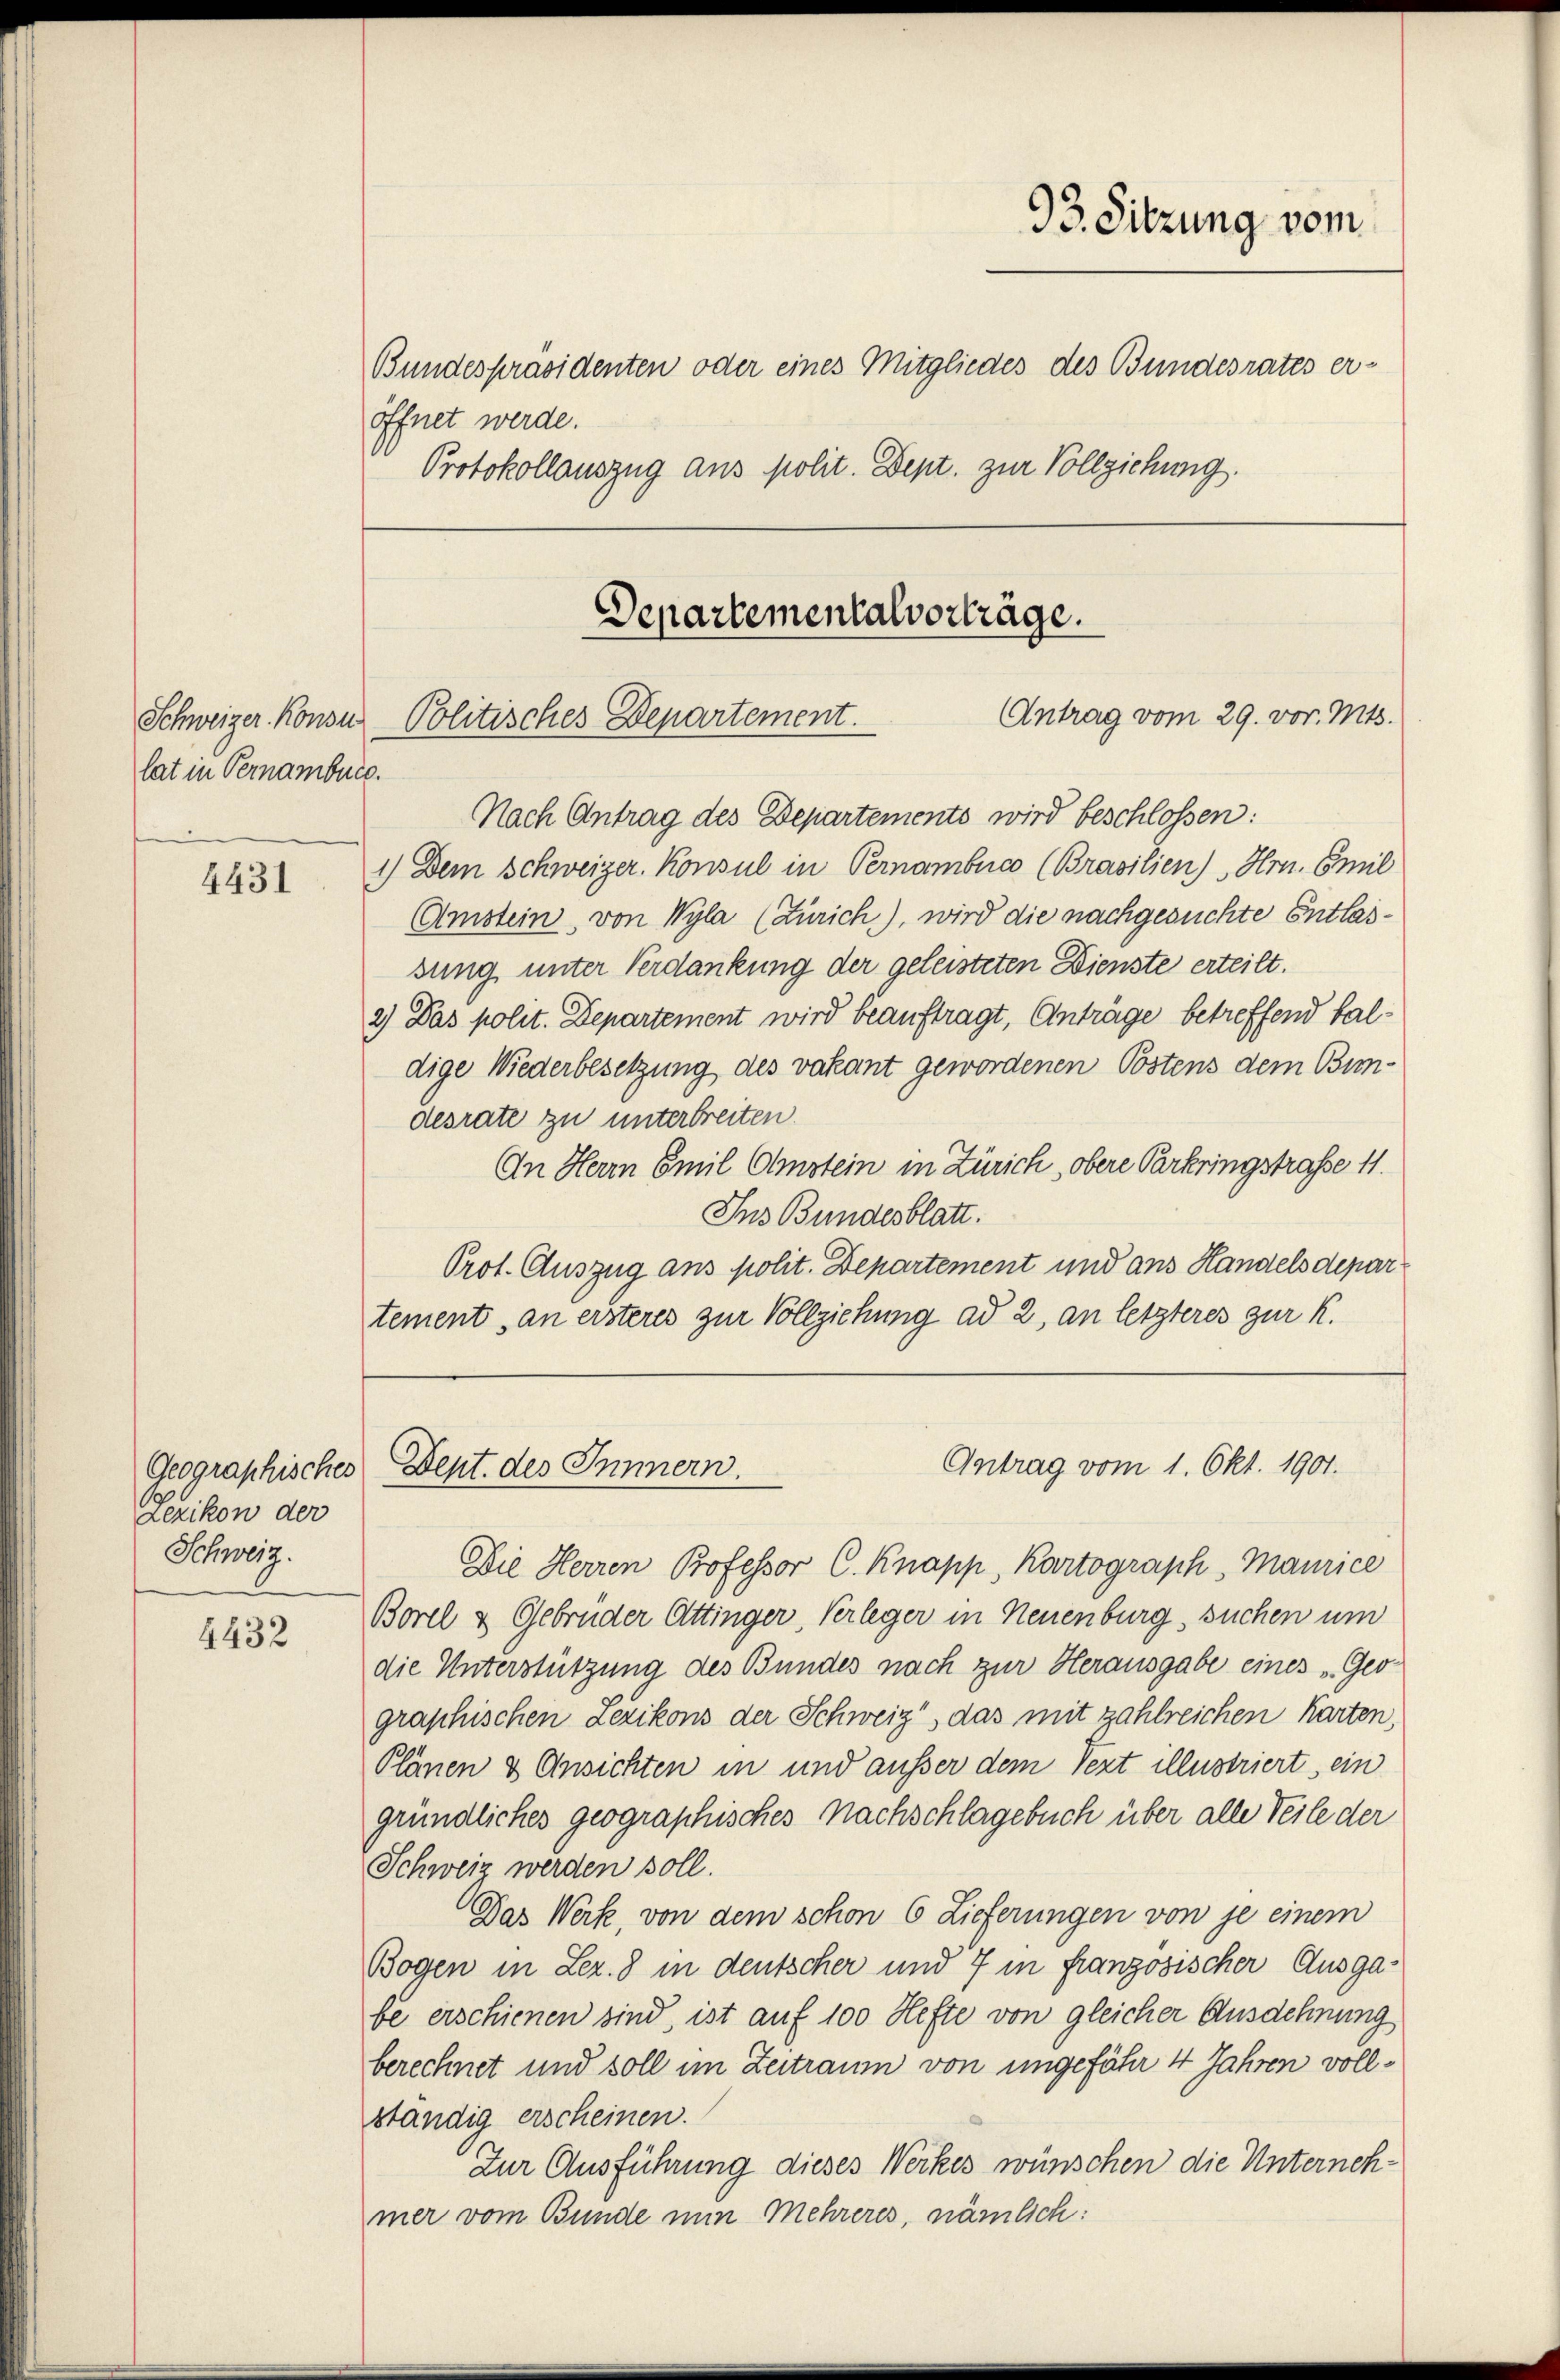
Schweizer Konsu-
lat in Pernamburg.

4431

Lezikon der
Schweiz.

4432

93. Sitzung vom
Bundespräsidenten oder eines Mitgliedes des Bundesrates eröffnet werde.
Protokollauszug aus polit. Dept. zur Vollziehung.
Departementalvorträge.
Antrag vom 29. vor. Mts.
Politisches Departement.

Nach Antrag des Departements wird beschlossen:

1.) Dem Schweizer. Konsul in Pernambuc (Brasilien) " Hrn. Emil
Amstein, von Wyla (Zürich), wird die nachgesuchte Entlassung unter Verdankung der geleisteten Dienste erteilt.
2) Das polit. Departement wird beauftragt, Anträge betreffend faldige Wiederbesetzung des vakant gewordenen Postens dem Bimdesrate zu unterbreiten.
An Herrn Emil Amstein in Zürich, obere Parkringstrasse 11.
Ins Bundesblatt.
Prot. Auszug ans polit. Departement und ans Handels depar
tement, an ersteres zur Vollziehung ad 2, an letzteres zur K.

Die Herren Professor C. Knapp, Kartograph, Maurice
Borel & Gebrüder Attinger, Verleger in Neuenburg, suchen um
die Unterstützung des Bundes nach zur Herausgabe eines „Geographischen gezikons der Schweiz, das mit zahlreichen Karten,
Plänen & Ansichten in und ausser dem Text illustriert, ein
gründliches geographisches Nachschlagebuch über alle Teile der
Schweiz werden soll.
Das Werk, von dem schon 6 Lieferungen von je einem
Bogen in Lez. 8 in deutscher und 7 in französischer Ausgafe erschienen sind, ist auf 100 Hefte von gleicher Ausdehnung
berechnet und soll im Zeitraum von ungefähr 4 Jahren vollständig erscheinen.
Zur Ausführung dieses Werkes wünschen die Unternehmer vom Bunde nun Mehreres, nämlich:

Antrag vom 1. Okt. 1901.
Geographisches Dept. des Innern.